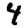
Digit: 4